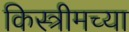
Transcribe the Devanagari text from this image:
किस्त्रीमच्या